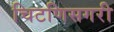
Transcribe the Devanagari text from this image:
चिटणिसगरी